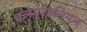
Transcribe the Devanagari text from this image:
क्लेयरेंडनियन